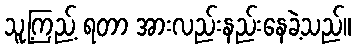
သူ့ကြည့် ရတာ အားလည်းနည်းနေခဲ့သည်။